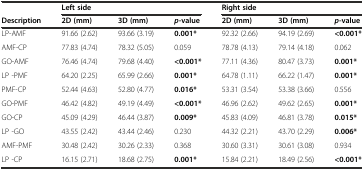
|  | <COLSPAN=3> Left side | <COLSPAN=3> Right side |
 | Description | 2D (mm) | 3D (mm) | p-value | 2D (mm) | 3D (mm) | p-value |
 | --- | --- | --- | --- | --- | --- | --- |
 | LP-AMF | 91.66 (2.62) | 93.66 (3.19) | 0.001* | 92.32 (2.66) | 94.19 (2.69) | <0.001* |
 | AMF-CP | 77.83 (4.74) | 78.32 (5.05) | 0.059 | 78.78 (4.13) | 79.14 (4.18) | 0.062 |
 | GO-AMF | 76.46 (4.74) | 79.68 (4.40) | <0.001* | 77.11 (4.36) | 80.47 (3.73) | 0.001* |
 | LP -PMF | 64.20 (2.25) | 65.99 (2.66) | 0.001* | 64.78 (1.11) | 66.22 (1.47) | 0.001* |
 | PMF-CP | 52.44 (4.63) | 52.80 (4.77) | 0.016* | 53.31 (3.54) | 53.38 (3.66) | 0.556 |
 | GO-PMF | 46.42 (4.82) | 49.19 (4.49) | <0.001* | 46.96 (2.62) | 49.62 (2.65) | 0.001* |
 | GO-CP | 45.09 (4.29) | 46.44 (3.87) | 0.009* | 45.83 (4.09) | 46.81 (3.78) | 0.015* |
 | LP -GO | 43.55 (2.42) | 43.44 (2.46) | 0.230 | 44.32 (2.21) | 43.70 (2.29) | 0.006* |
 | AMF-PMF | 30.48 (2.42) | 30.26 (2.33) | 0.368 | 30.60 (3.31) | 30.61 (3.08) | 0.934 |
 | LP -CP | 16.15 (2.71) | 18.68 (2.75) | 0.001* | 15.84 (2.21) | 18.49 (2.56) | <0.001* |